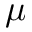
\mu